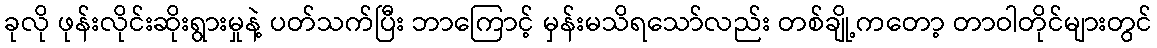
ခုလို ဖုန်းလိုင်းဆိုးရွားမှုနဲ့ ပတ်သက်ပြီး ဘာကြောင့် မှန်းမသိရသော်လည်း တစ်ချို့ကတော့ တာဝါတိုင်များတွင်